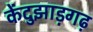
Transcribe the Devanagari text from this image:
केंदुझाड़गढ़